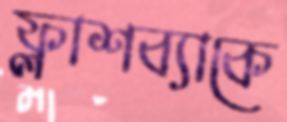
ফ্লাশব্যাকে